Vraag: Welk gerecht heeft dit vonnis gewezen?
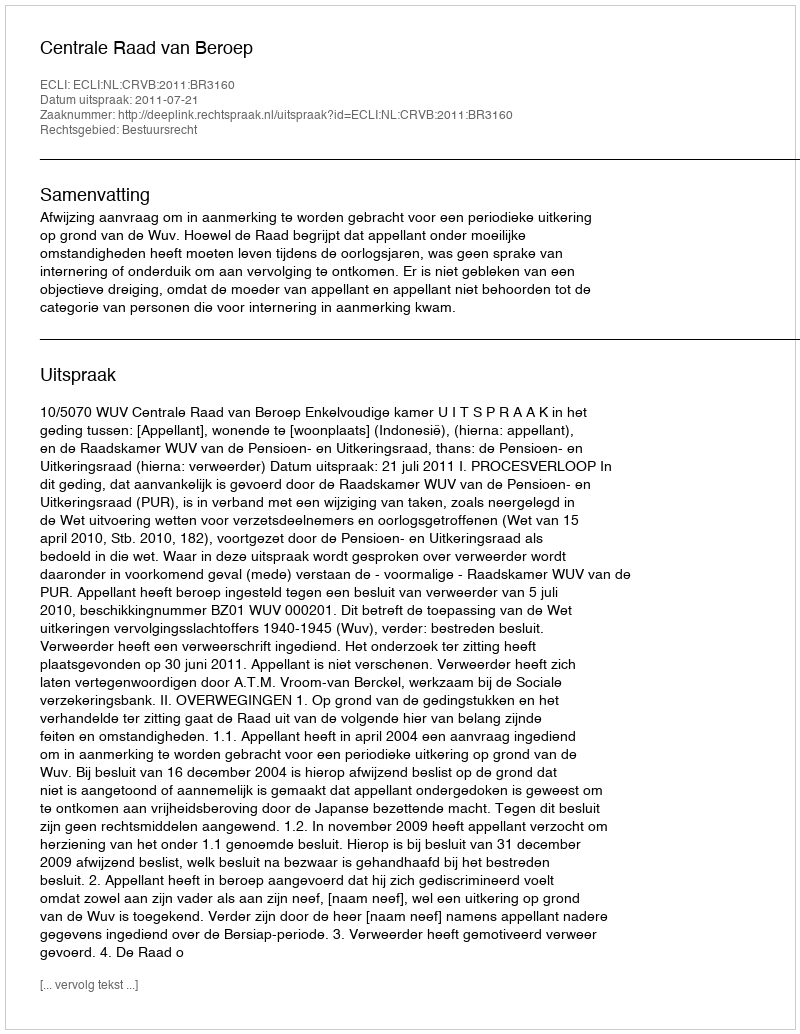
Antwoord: Centrale Raad van Beroep